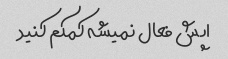
اپش فعال نمیشه کمکم کنید